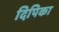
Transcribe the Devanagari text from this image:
दिपिका